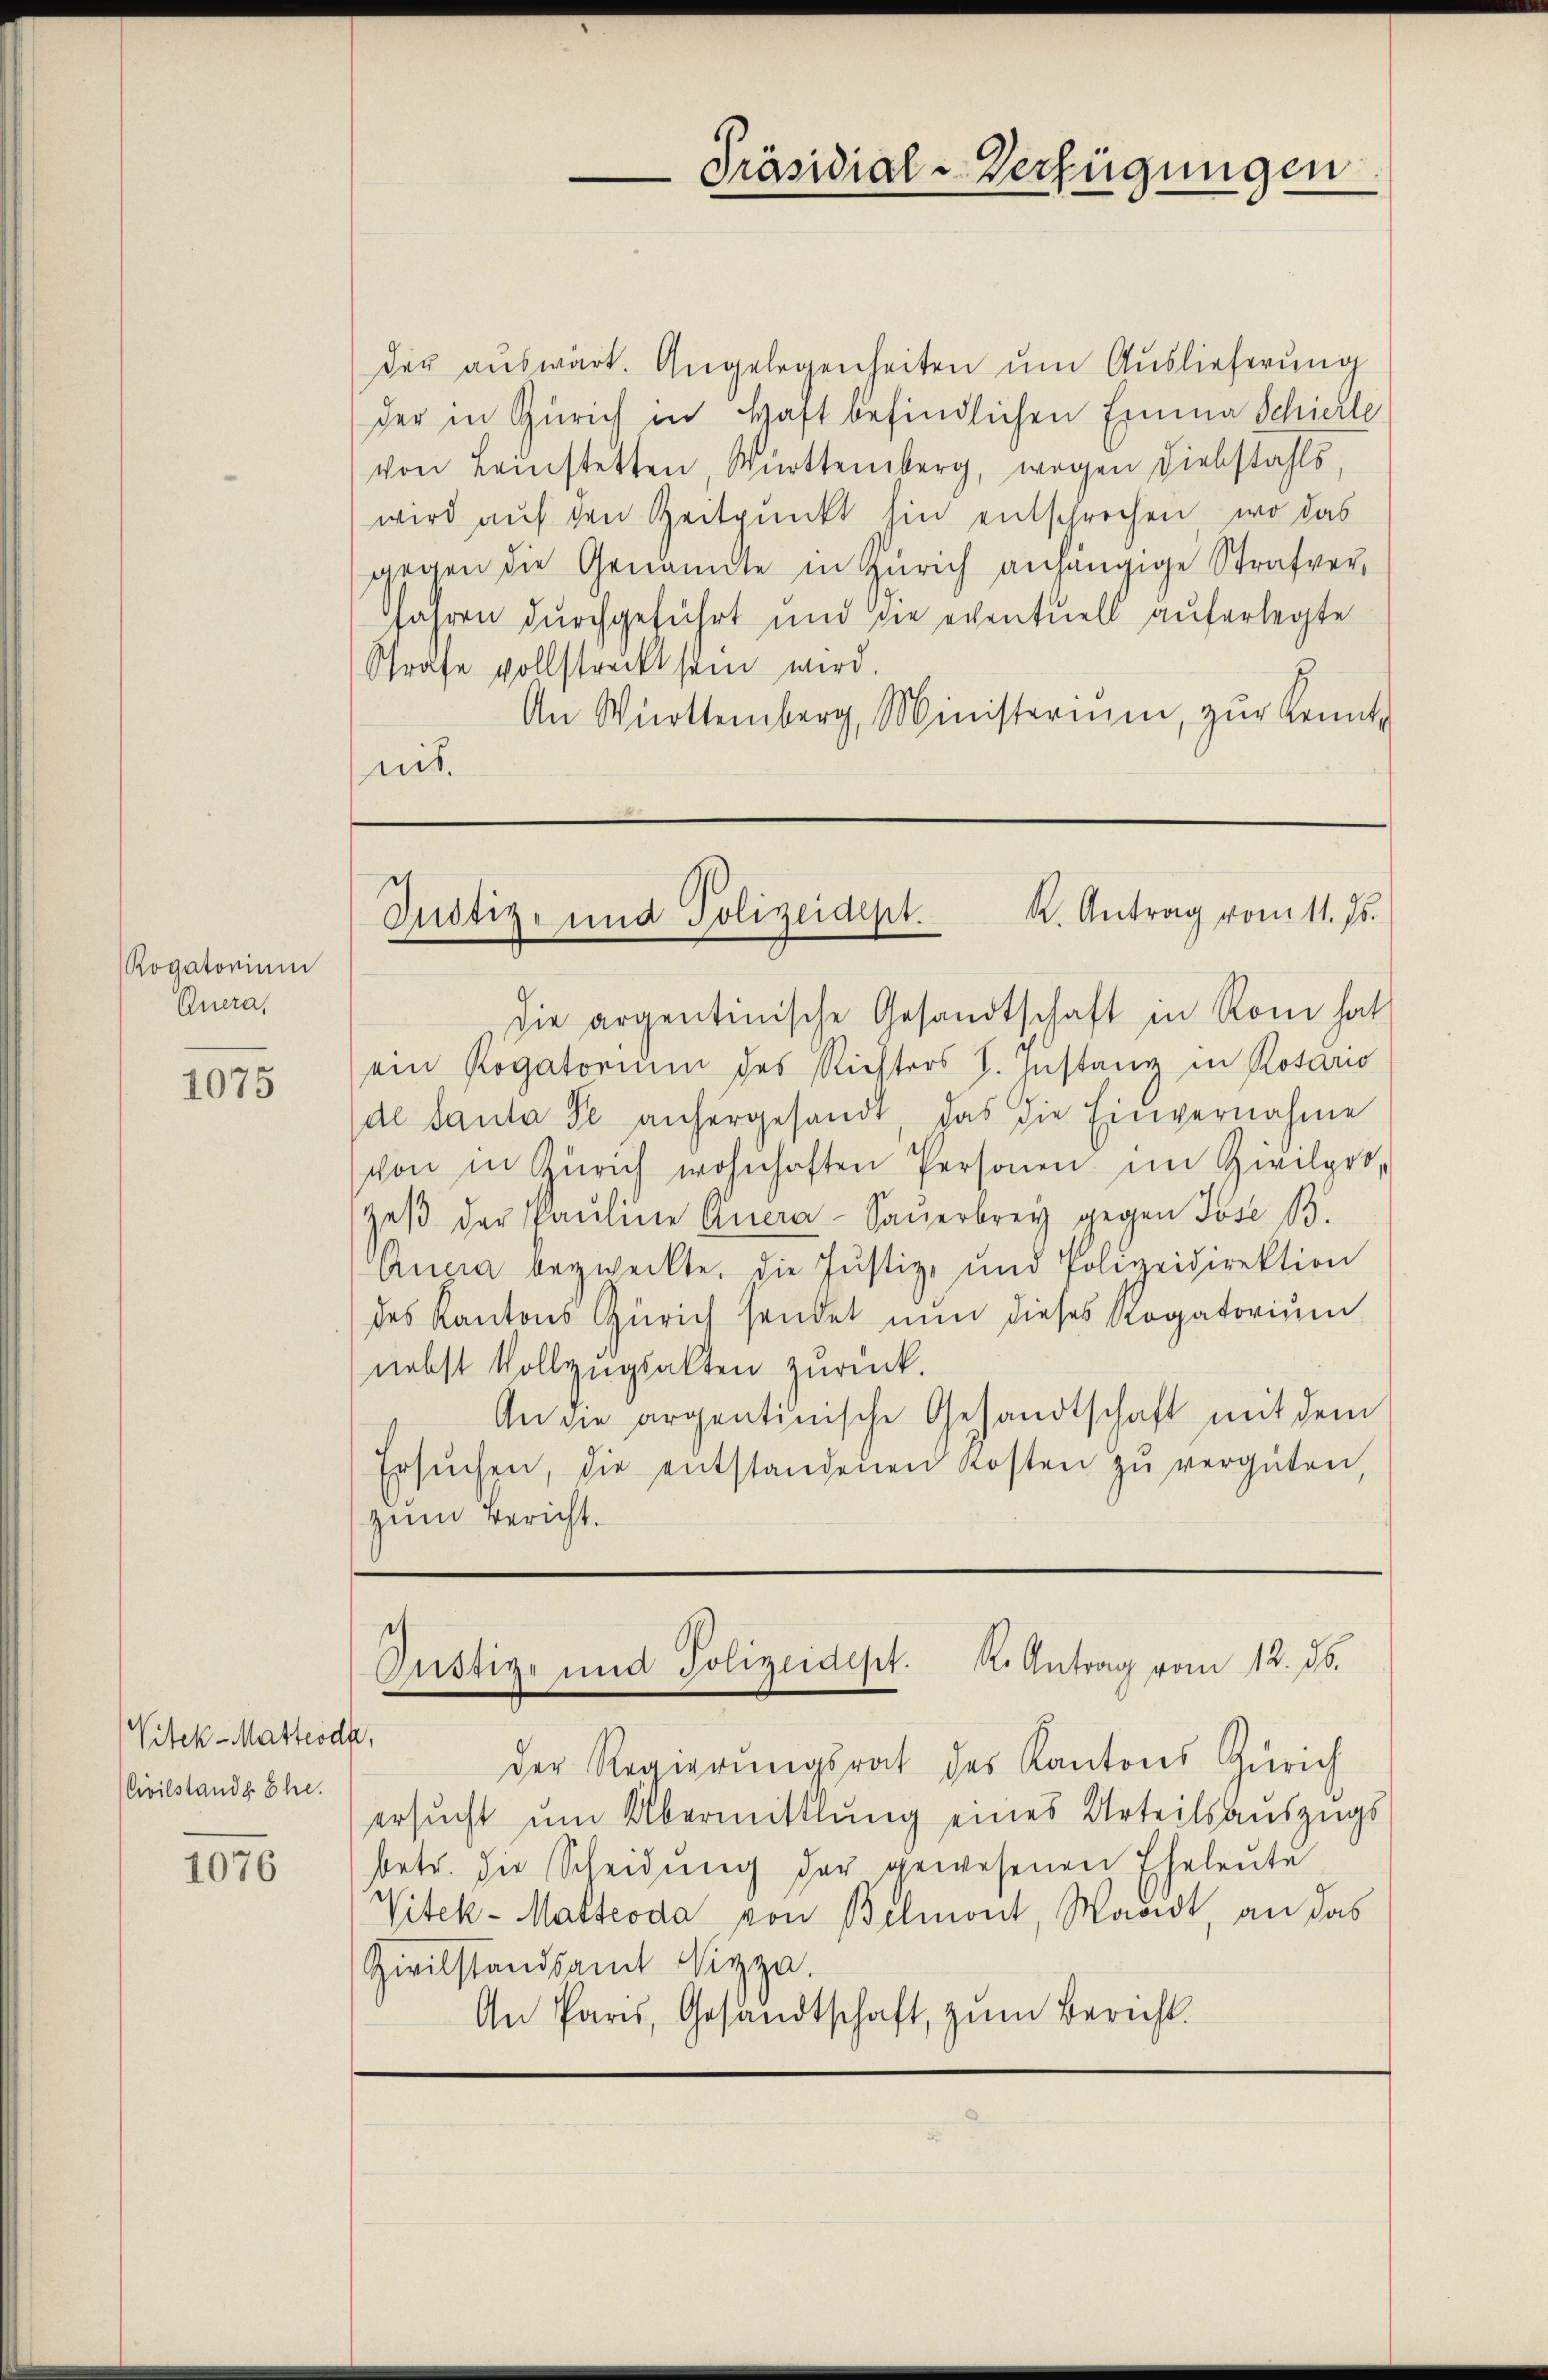
Rogatorium
Guera,

1075

Vitek-Matteodh,
Civilstande Ehe.

1076

der aŭswart. Angelegenheiten um Auslieferung
der in Zürich in Haft befindlichen Emma Schierle
von Leinstetten, Württemberg, wegen Diebstahls,
wird auf den Zeitpunkt hin entschrechen, wo das
gegen die Genannte in Zürich anhängige Strafver¬
Jahren durchgeführt und die eventuell auferlegte
Strafe vollstreckt sein wird.
An Württemberg, Ministerium, zŭr Kennt-
nis.

Präsidial-Verfügungen

Justiz- und Polizeidept. K. Antrag vom 11. Js.

die argentinische Gesandtschaft in Rom hat
ein Rogatorium des Richters J. Instanz in Rotario
de Santa se anhergesandt das die Einvernahme
von in Zürich wohnhaften Personen im Zivilget,
Heβ der Pauline Quera-Sauerbrey gegen Jose B.
Aucia bezweckte, die Justiz- und Polizeidirektion
des Kantons Zürich sendet nun dieses Rogatorium
nebst Vollzugsalten zurück.
An die argentinische Gesandtschaft mit dem
Ersŭchen, die entstandenen Kosten zŭ vergüten,
zum Bericht.

h
Gustiz- und Polizeidest. K. Antrag vom 12. d.

der Regierungsrat des Kantons Zürich
ersucht um Übermittlung eines Urteilsauszugs
betr. die Scheidŭng der gewesenen Eheleute
Vitek-Matteoda von Belmont, Waadt, an das
Zivilstandsamt Nizza.
An Paris, Gesandtschaft, zum Bericht.